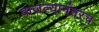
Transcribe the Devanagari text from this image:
वाजल्यानंतरच